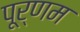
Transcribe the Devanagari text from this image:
पूर्णम